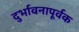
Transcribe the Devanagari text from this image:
दुर्भावनापूर्वक